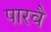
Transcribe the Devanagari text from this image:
पारवै